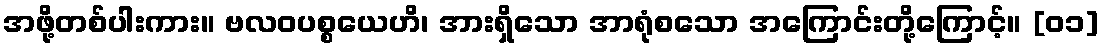
အဖို့တစ်ပါးကား။ ဗလဝပစ္စယေဟိ၊ အားရှိသော အာရုံစသော အကြောင်းတို့ကြောင့်။ [၀၁]